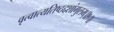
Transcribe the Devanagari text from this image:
वृत्वात्यतिष्ठद्दशांगुलम्॥१॥